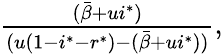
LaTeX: \begin{array}{r}{\frac{(\bar{\beta}+ui^{*})}{(u(1-i^{*}-r^{*})-(\bar{\beta}+ui^{*}))},}\end{array}